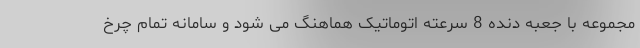
مجموعه با جعبه دنده 8 سرعته اتوماتیک هماهنگ می شود و سامانه تمام چرخ